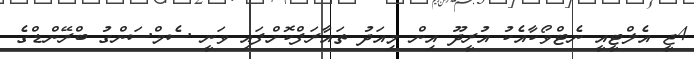
4ޖީ އެލްޓީއީ ނެޓްވޯކާއެކު އުރީދޫ އިން މިއަދު ތައާރަފްކޮށްފައި ވަނީ ސެމްސަންގު ބްރޭންޑްގެ